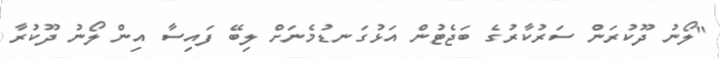
"ލޯނު ދޫކުރަން ސަރުކާރުގެ ބަޖެޓުން އަޅުގަނޑުމެނަށް ލިބޭ ފައިސާ އިން ލޯނު ދޫކުރާ